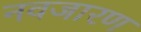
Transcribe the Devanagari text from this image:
नवजारण